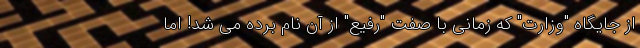
از جایگاه "وزارت" که زمانی با صفت "رفیع" از آن نام برده می شد! اما